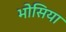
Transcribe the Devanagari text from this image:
भोसिया